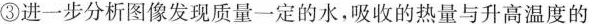
③进一步分析图像发现质量一定的水，吸收的热量与升高温度的